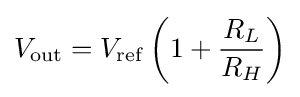
V_{\mathrm {out} }=V_{\mathrm {ref} }\left(1+{\frac {R_{L}}{R_{H}}}\right)